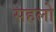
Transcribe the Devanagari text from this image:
सहलो